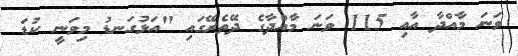
ވަނަ މާއްދާ އާއި 115 ވަނަ މާއްދާގެ ދޭތެރޭގައި "އަޅުގަނޑު މިވަނީ ކުޑަ